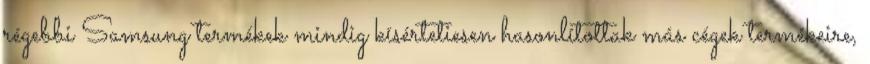
régebbi Samsung termékek mindig kísértetiesen hasonlítottak más cégek termékeire,